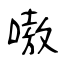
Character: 嗷